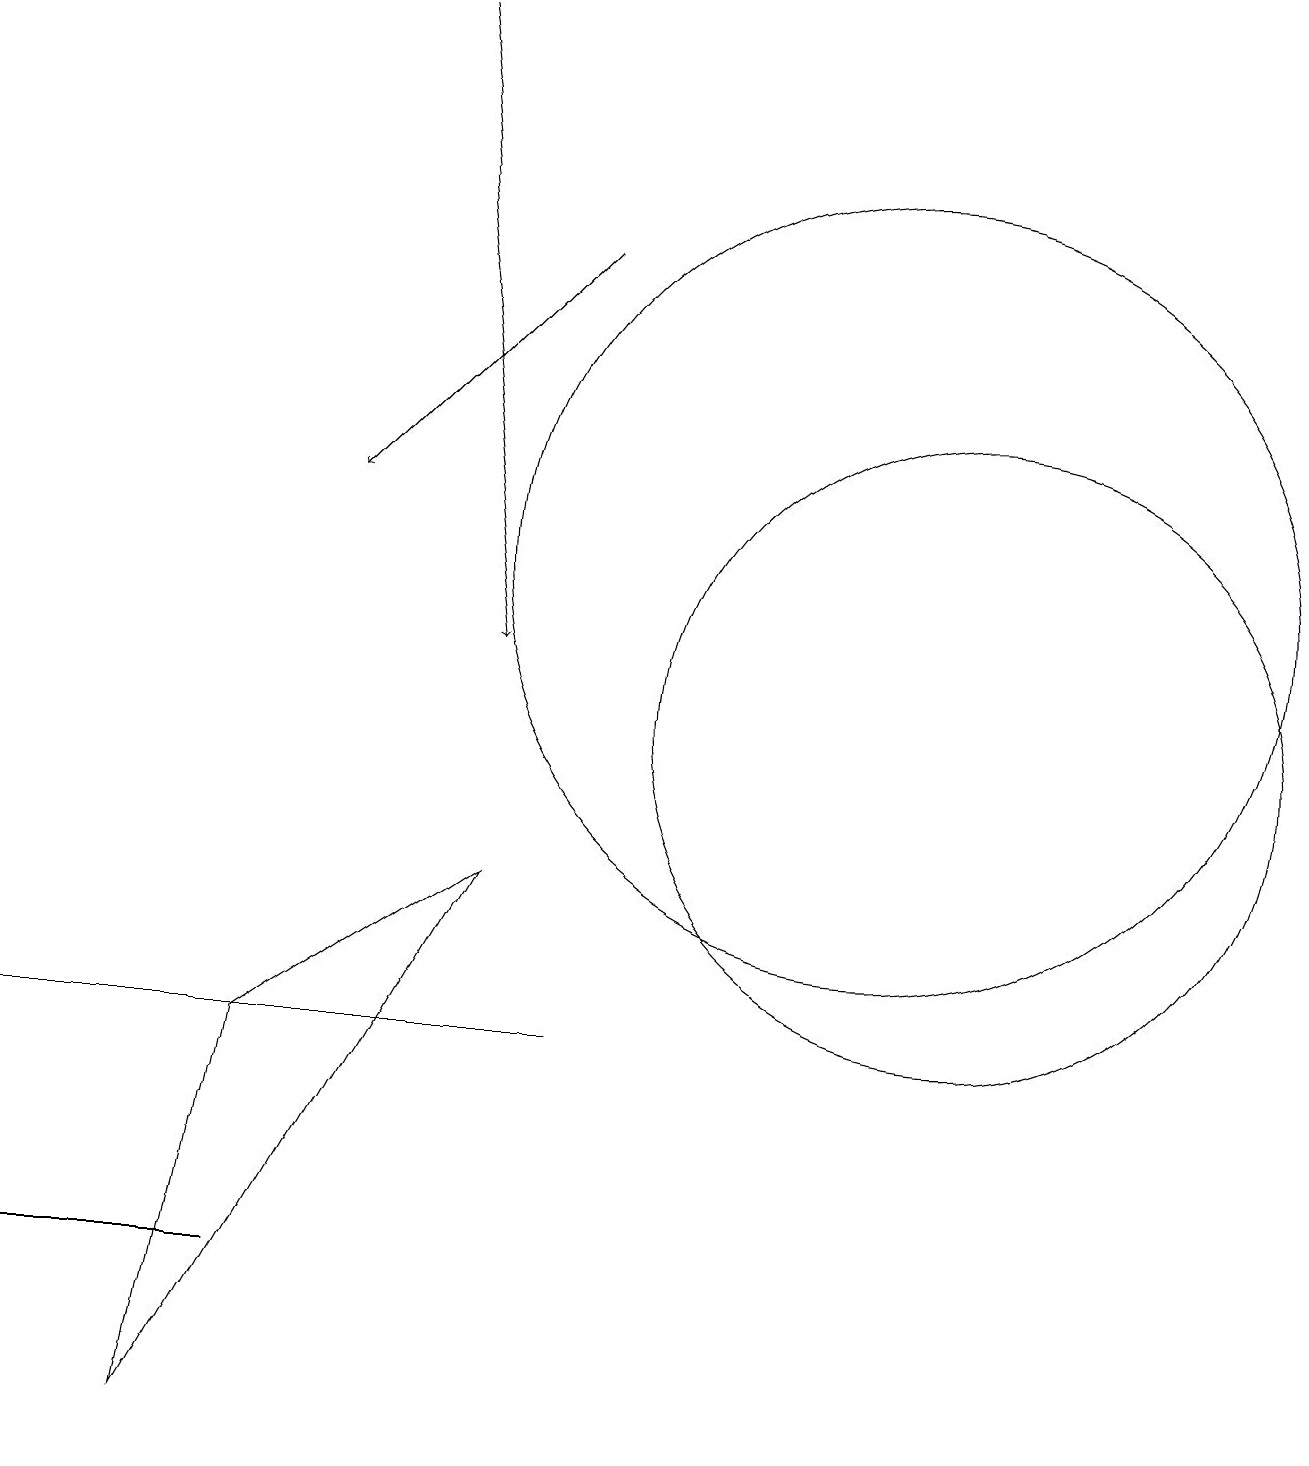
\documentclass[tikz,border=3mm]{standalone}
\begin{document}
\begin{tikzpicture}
\draw (2,1) -- (6,8) -- (3,6) -- cycle;
\draw (7,6) -- (1,6) -- (0,6) -- cycle;
\draw (11,12) circle (5);
\draw (12,10) circle (4);
\draw (3,3) -- (0,3) -- (2,3) -- cycle;
\draw[->] (7,16) -- (4,13);
\draw[->] (5,19) -- (6,11);
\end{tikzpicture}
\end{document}